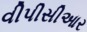
વીપીસીઆર